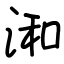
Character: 𣷓